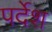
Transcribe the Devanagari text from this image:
पर्देश